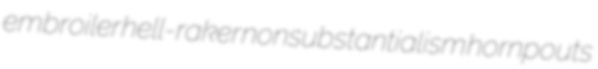
embroiler hell-raker nonsubstantialism hornpouts